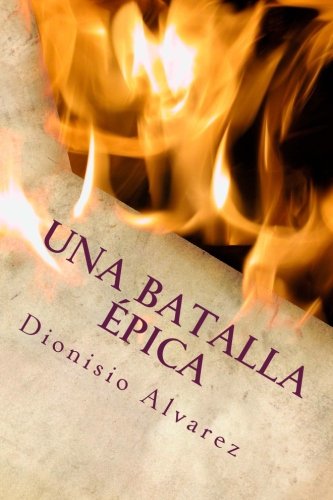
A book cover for Una Batalla ÃEpica: El juego del ingenio (Spanish Edition); Dionisio Alvarez; Literature & Fiction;